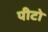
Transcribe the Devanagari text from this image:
पीटो